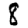
Digit: 8